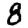
Digit: 8